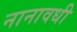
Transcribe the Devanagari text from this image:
नानावधी